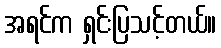
အရင်က ရှင်းပြသင့်တယ်။